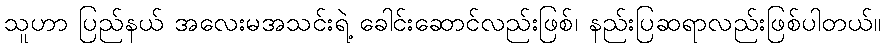
သူဟာ ပြည်နယ် အလေးမအသင်းရဲ့ ခေါင်းဆောင်လည်းဖြစ်၊ နည်းပြဆရာလည်းဖြစ်ပါတယ်။